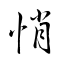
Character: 悄